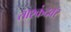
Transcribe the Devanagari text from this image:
ताश्कंदवर